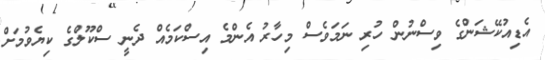
އެޑިއުކޭޝަންގެ ވިސްނުން ހުރި ނަމަވެސް މިހާރު އެންމެ އިސްކަމެއް ދެނީ ސްކޫލްގެ ކިޔެވުމަށް